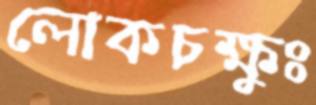
লোকচক্ষুঃ